Annual administration and progress report of the Indian Medical Department, Bombay
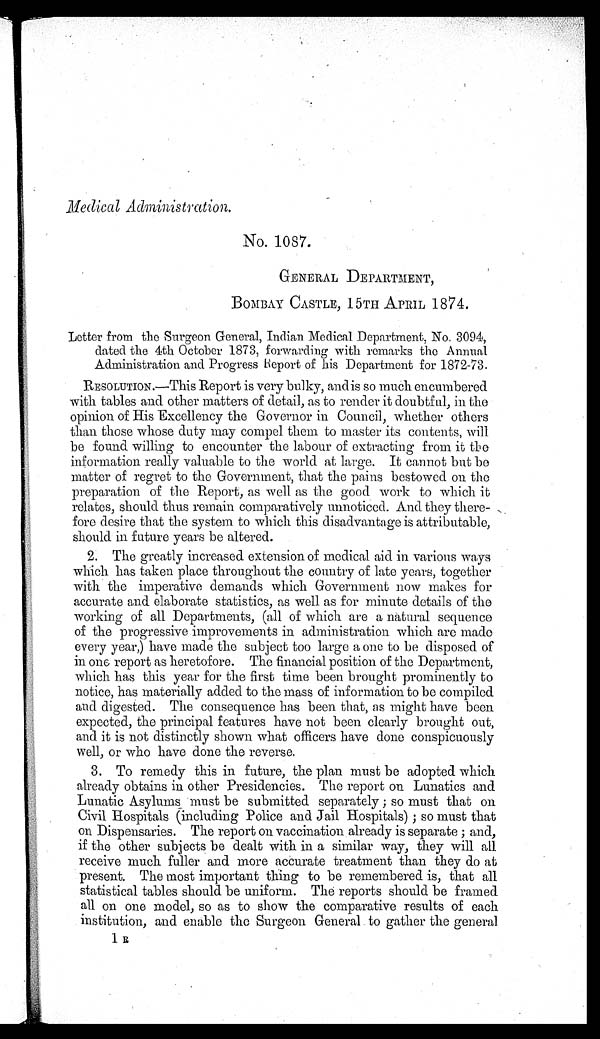
Medical Administration.
No. 1087.
GENERAL DEPARTMENT,
BOMBAY CASTLE, 15TH APRIL 1874.
Letter from the Surgeon General, Indian Medical Department, No. 3094,
dated the 4th October 1873, forwarding with remarks the Annual
Administration and Progress Report of his Department for 1872-73.
RESOLUTION.—This Report is very bulky, and is so much encumbered
with tables and other matters of detail, as to render it doubtful, in the
opinion of His Excellency the Governor in Council, whether others
than those whose duty may compel then to master its contents, will
be found willing to encounter the labour of extracting from it the
information really valuable to the world at large. It cannot but be
matter of regret to the Government, that the pains bestowed on the
preparation of the Report, as well as the good work to which it
relates, should thus remain comparatively unnoticed. And they there
-
fore desire that the system to which this disadvantage is attributable,
should in future years be altered.
2. The greatly increased extension of medical aid in various ways
which has taken place throughout the country of late years, together
with the imperative demands which Government now makes for
accurate and elaborate statistics, as well as for minute details of the
working of all Departments, (all of which are a natural sequence
of the progressive improvements in administration which are made
every year,) have made the subject too large a one to be disposed of
in one report as heretofore. The financial position of the Department,
which has this year for the first time been brought prominently to
notice, has materially added to the mass of information to be compiled
and digested. The consequence has been that, as might have been
expected, the principal features have not been clearly brought out,
and it is not distinctly shown what officers have done conspicuously
well, or who have done the reverse.
3. To remedy this in future, the plan must be adopted which
already obtains in other Presidencies. The report on Lunatics and
Lunatic Asylums must be submitted separately; so must that on
Civil Hospitals (including Police and Jail Hospitals); so must that
on Dispensaries. The report on vaccination already is separate; and,
if the other subjects be dealt with in a similar way, they will all
receive much fuller and more accurate treatment than they do at
present. The most important thing to be remembered is, that all
statistical tables should be uniform. The reports should be framed
all on one model, so as to show the comparative results of each
institution, and enable the Surgeon General to gather the general
1 u